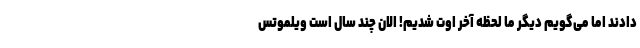
دادند اما می‌گویم دیگر ما لحظه آخر اوت شدیم! الان چند سال است ویلموتس